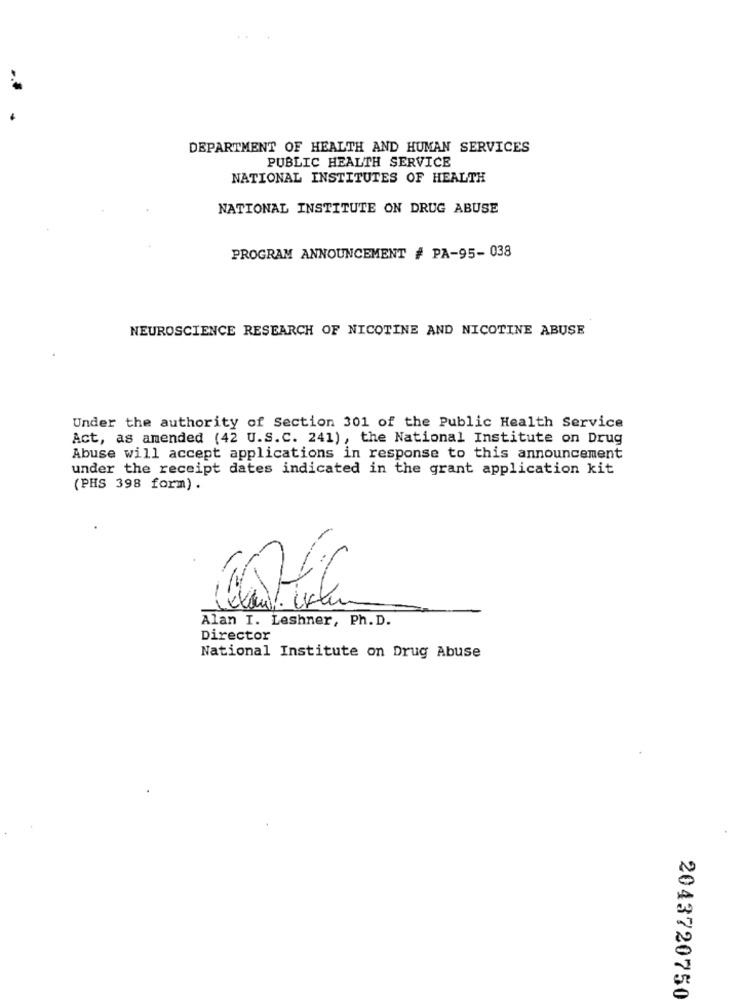
DEPARTMENT OF HEALTH AND HUMAN SERVICES
PUBLIC HEALTH SERVICE
NATIONAL INSTITUTES OF HEALTH
NATIONAL INSTITUTE ON DRUG ABUSE
PROGRAM ANNOUNCEMENT # PA-95-038
NEUROSCIENCE RESEARCH OF NICOTINE AND NICOTINE ABUSE
Under the authority of Section 301 of the Public Health Service
Act, as amended (42 U.S.C. 241), the National Institute on Drug
Abuse will accept applications in response to this announcement
under the receipt dates indicated in the grant application kit
(PHS 398 form) .
-
Alan I. Leshner, Ph. D.
Director
National Institute on Drug Abuse
2043720750